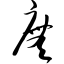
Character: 庑